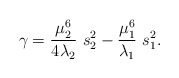
\begin{align*}\gamma = \frac{\mu_{2}^{6}}{4 \lambda_{2}}\ s_{2}^{2} -\frac{\mu_{1}^{6}}{\lambda_{1}}\ s_{1}^{2}. \end{align*}